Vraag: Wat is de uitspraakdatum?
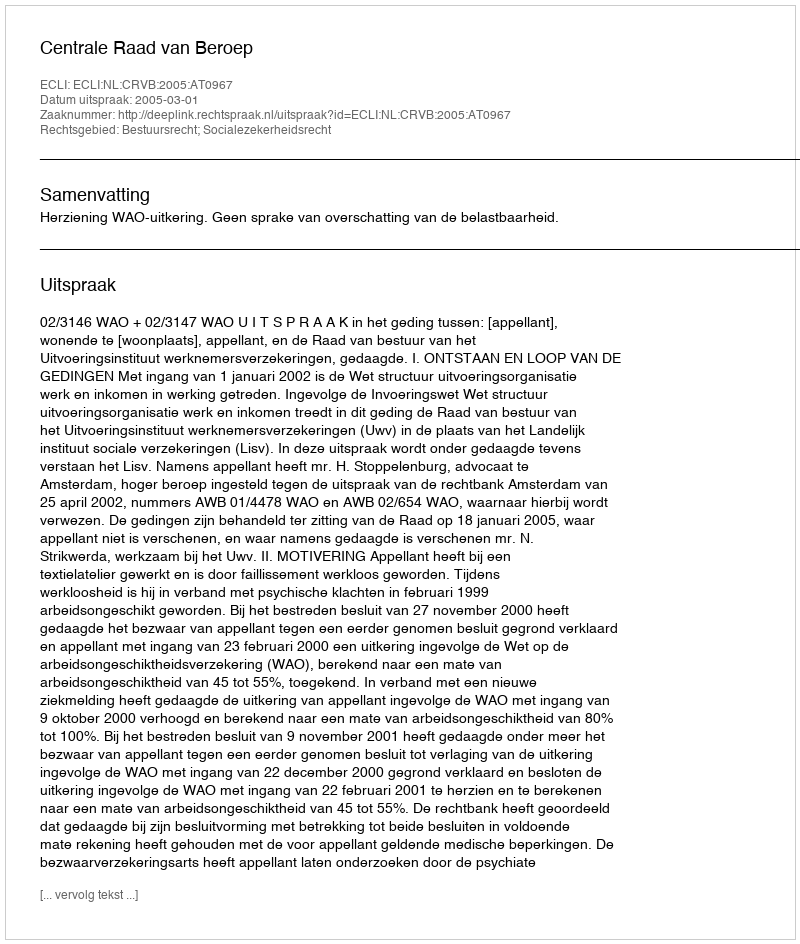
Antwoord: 2005-03-01